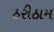
ઠરીઠામ